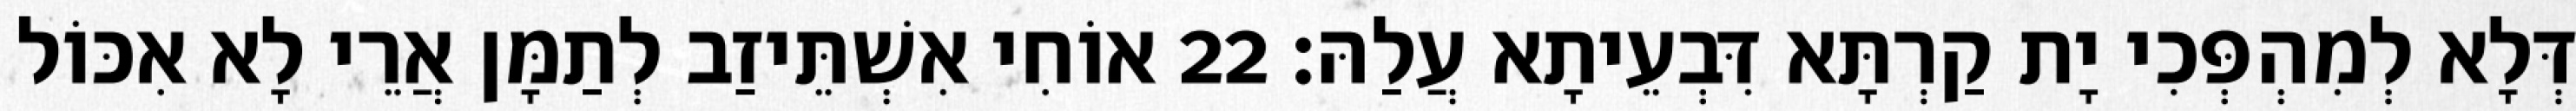
דְּלָא לְמִהְפְּכִי יָת קַרְתָּא דִּבְעֵיתָא עֲלַהּ׃ 22 אוֹחִי אִשְׁתֵּיזַב לְתַמָּן אֲרֵי לָא אִכּוֹל